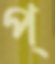
প্